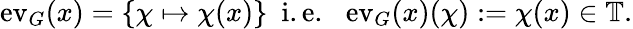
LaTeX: \operatorname{ev}_{G}(x)=\{ \chi\mapsto\chi(x)\} \ {\mathrm{~i.e.~}}\ \operatorname{ev}_{G}(x)(\chi):=\chi(x)\in\mathbb{T}.